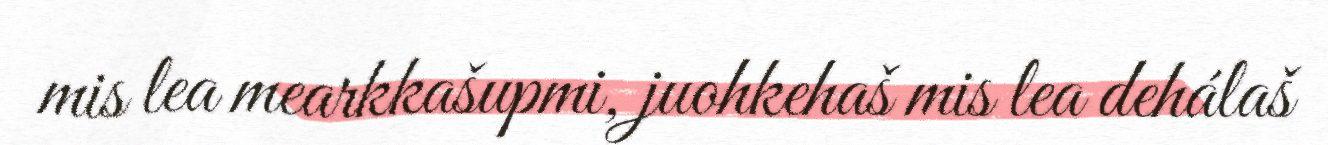
mis lea mearkkašupmi, juohkehaš mis lea dehálaš